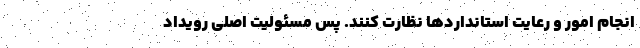
انجام امور و رعایت استانداردها نظارت کنند. پس مسئولیت اصلی رویداد